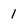
Character: 1